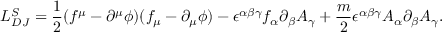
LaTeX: { \cal { L } } _ { D J } ^ { S } = \frac { 1 } { 2 } ( f ^ { \mu } - \partial ^ { \mu } \phi ) ( f _ { \mu } - \partial _ { \mu } \phi ) - \epsilon ^ { \alpha \beta \gamma } f _ { \alpha } \partial _ { \beta } A _ { \gamma } + \frac { m } { 2 } \epsilon ^ { \alpha \beta \gamma } A _ { \alpha } \partial _ { \beta } A _ { \gamma } .